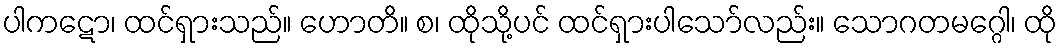
ပါကဋော၊ ထင်ရှားသည်။ ဟောတိ။ စ၊ ထိုသို့ပင် ထင်ရှားပါသော်လည်း။ သောဂတမဂ္ဂေါ၊ ထို